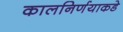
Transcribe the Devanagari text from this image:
कालनिर्णयाकडे